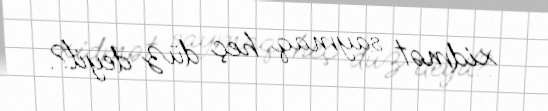
xidmət saymaq heç düz deyil?.